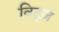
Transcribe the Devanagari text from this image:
विट्ज़